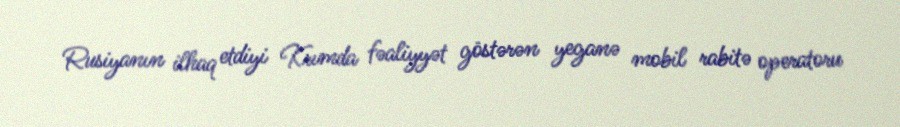
Rusiyanın ilhaq etdiyi Krımda fəaliyyət göstərən yeganə mobil rabitə operatoru